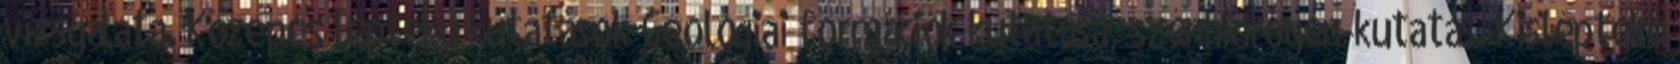
vizsgálata. Közepes léptékű kutatások Geológiai formációk kutatása, szénhidrogén-kutatás. Kisléptékű